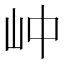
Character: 㞲